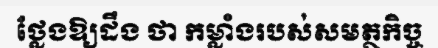
ថ្លែងឱ្យដឹង ថា កម្លាំងរបស់សមត្ថកិច្ច